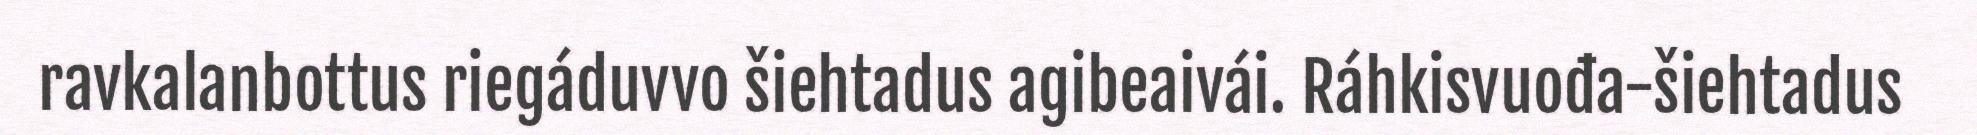
ravkalanbottus riegáduvvo šiehtadus agibeaivái. Ráhkisvuođa-šiehtadus